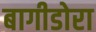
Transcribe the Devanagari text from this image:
बागीडोरा